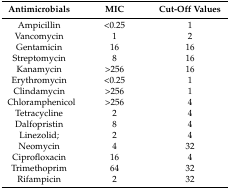
<table><thead><tr><td><b>Antimicrobials</b></td><td><b>MIC</b></td><td><b>Cut-Off Values</b></td></tr></thead><tbody><tr><td>Ampicillin</td><td>&lt;0.25</td><td>1</td></tr><tr><td>Vancomycin</td><td>1</td><td>2</td></tr><tr><td>Gentamicin</td><td>16</td><td>16</td></tr><tr><td>Streptomycin</td><td>8</td><td>16</td></tr><tr><td>Kanamycin</td><td>&gt;256</td><td>16</td></tr><tr><td>Erythromycin</td><td>&lt;0.25</td><td>1</td></tr><tr><td>Clindamycin</td><td>&gt;256</td><td>1</td></tr><tr><td>Chloramphenicol</td><td>&gt;256</td><td>4</td></tr><tr><td>Tetracycline</td><td>2</td><td>4</td></tr><tr><td>Dalfopristin</td><td>8</td><td>4</td></tr><tr><td>Linezolid;</td><td>2</td><td>4</td></tr><tr><td>Neomycin</td><td>4</td><td>32</td></tr><tr><td>Ciprofloxacin</td><td>16</td><td>4</td></tr><tr><td>Trimethoprim</td><td>64</td><td>32</td></tr><tr><td>Rifampicin</td><td>2</td><td>32</td></tr></tbody></table>